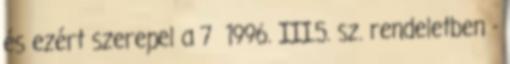
és ezért szerepel a 7 1996. III.5. sz. rendeletben -